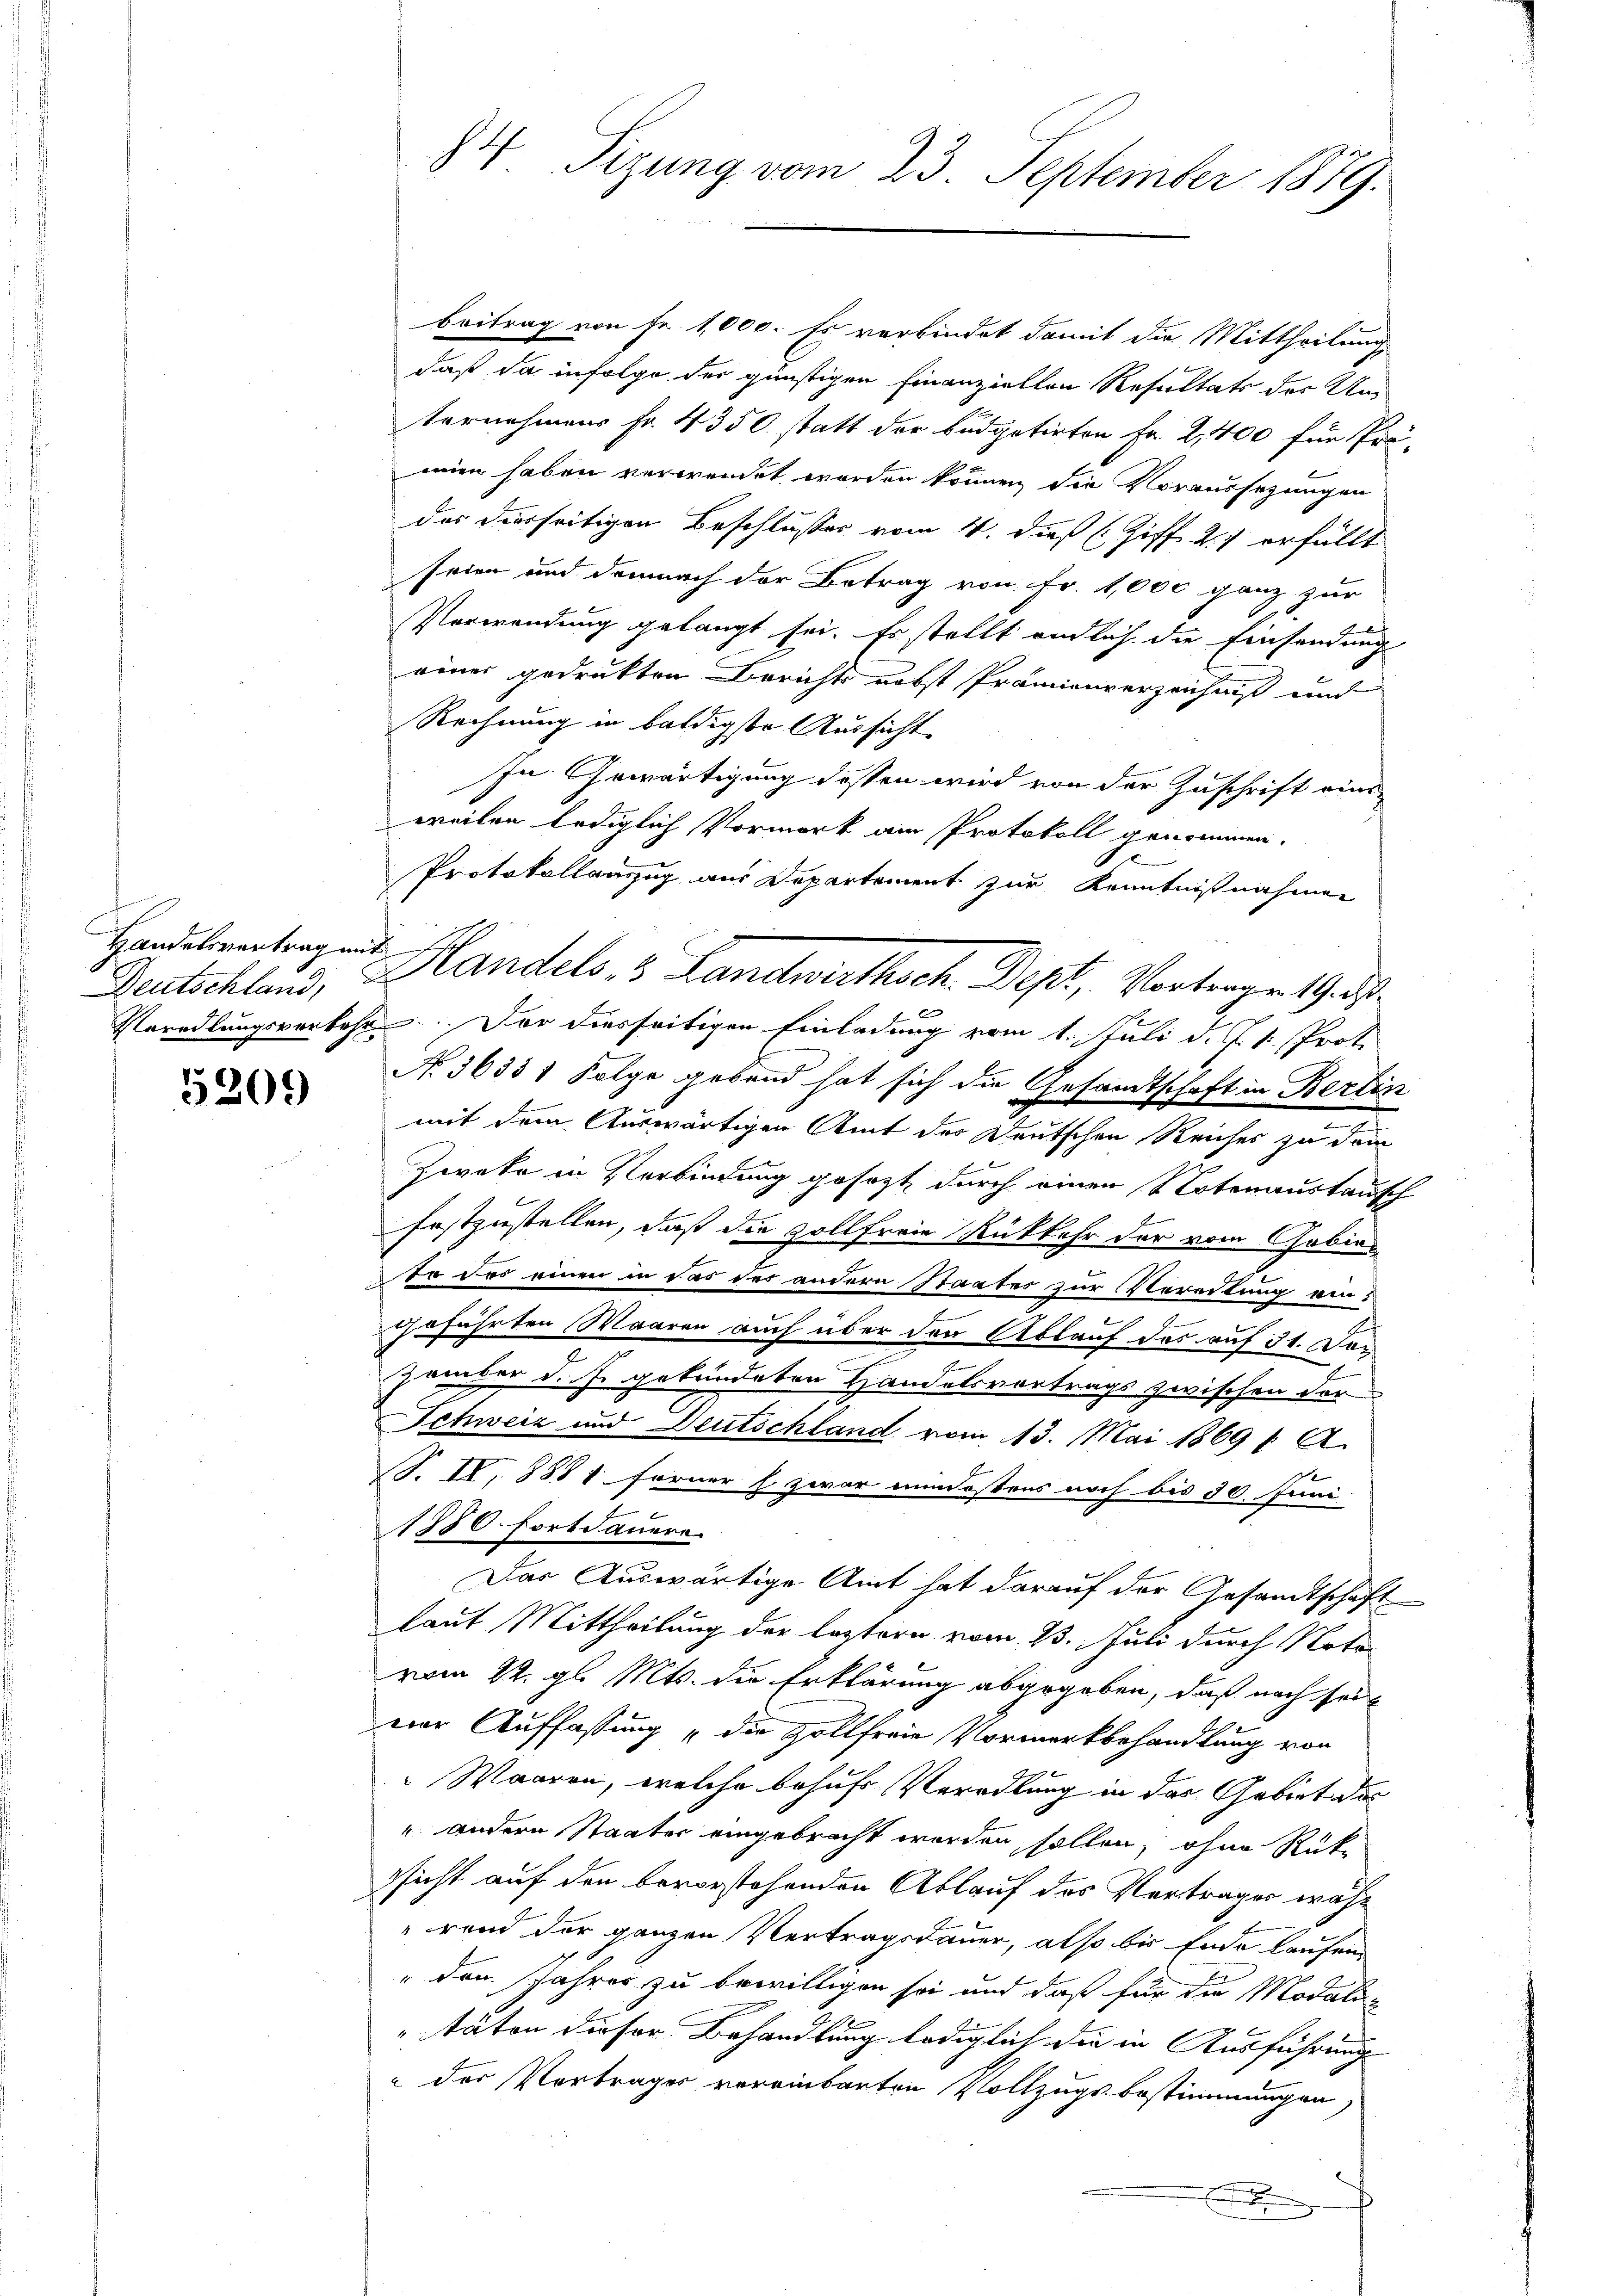
Handelsvertrag mit

5209

84. Sizung vom 23. September 1879.

Beitrag von Fr. 1,000. Es verbindet damit die Mittheilungs
daß da infolge der günstigen Einanziellen Resultats der Un
Vornehmens Fr. 4350 statt der büdgetirten Fr. 2,400 für Prä-
mien haben verwendet worden können, die Voraussezungen
das derseitigen Beschlusses vom 4. dieß (Ziff. 21 erfüllt
seien und demnach der Betrag von Fr. 41,000 ganz zur
Verwendung gelangt sei. Es stellt endlich die Einsendung
einer gedrukten Berichts nebst Prämienverzeichniß und
Rechnung in baldigste Aussicht
In Gewärtigung dessen wird von der Zuschrift einsweilen lediglich, Vormerk am Protokoll genommen.
Protokollauszug aus Departement zur Kenntnißnahmen
 ma
Veredlungsverkehr. Der diesseitigen Einladung vom 1. Juli d. J. 1. Prot
No. 36331 Folge gebend hat sich die Gesandtschaft in Berlin
mit dem Auswärtigen Amt der Deutschen Reiches zu dem
Zweke in Verbindung gesezt durch einer Notenaustausch
festzustellen, daß die Zollfreie Rückkehr der vom Chobinte das einen in das der andern Staates zur Vereitung ein-
geführten Waaren auch über den Ablauf des auf 31. Den
e
zember d. J. gebendeten Handelsvortrags zwischen der
Schweiz und Deutschland vom 13. Mai 1869 1 A
S. II. 8871 ferner h. zwar mindestens noch bis 30. Juni
1880 Fortdauern.
Das Auswärtige Amt hat darauf der Gesandtschaft
laut Mittheilung der leztern vom 13. Juli durch Notavom 22. gl. Mts. die Erklärung abgegeben, daß nach sei
eine Auffassung „die Zollfreie Vormerkbehandlung von
Waaren, welche behufs Veradlung in das Gebiet des
" andere Staater eingebracht worden sollen, ohne Rüksicht auf den bevorstehenden Ablauf des Vertrages während der ganzen Vertragsdauer, also bis Ende laufen
" den Jahres zu bewilligen sei und daß für die Modali-
.
täten dieser Behandlung lediglich die in Ausführung
 der Vortrages vereinbarten Vollzugsbestimmungen,
t

Deutschland, Handels, 8 Landwirthsch. Dept, Vortragen Ges